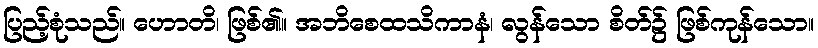
ပြည့်စုံသည်။ ဟောတိ၊ ဖြစ်၏။ အဘိစေထသိကာနံ၊ လွန်သော စိတ်၌ ဖြစ်ကုန်သော။